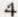
4